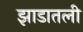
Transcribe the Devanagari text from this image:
झाडातली